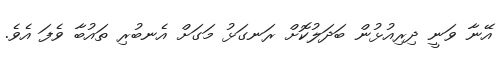
އޭނާ ވަނީ ދިރިއުޅުން ބަދަލުކޮށް ރަނގަޅު މަގަށް އެނބުރި ތައުބާ ވެފަ އެވެ.